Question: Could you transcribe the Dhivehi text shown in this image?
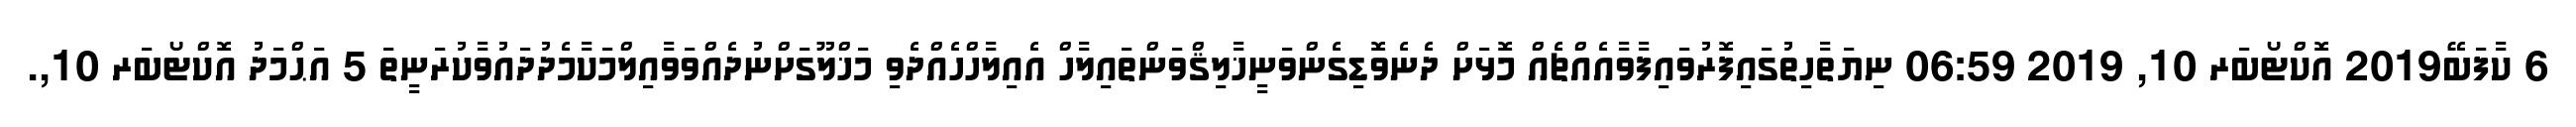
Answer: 6 ކާފަބޭ2019 އޮކްޓޯބަރ 10, 2019 06:59 ނިޔަތާހިތުގައިފޮރުވައިފާވާއެއްޗެއް މޮޅަށް ދެނެވޮޑިގެންވަނީޚާލިޤްވަންތައިލާހް އެއިލާހްހެއްދެވި މަޚްލޫގަށްނުދެއްވަވާއިލްމަކާމެދުދައުވާކުރަނީތަ 5 އަޙްމަދު އޮކްޓޯބަރ 10,.